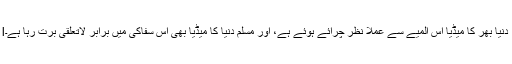
lدنیا بھر کا میڈیا اس المیے سے عملاً نظر چرائے ہوئے ہے، اور مسلم دنیا کا میڈیا بھی اس سفاکی میں برابر لاتعلقی برت رہا ہے۔